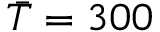
\bar { T } = 3 0 0